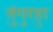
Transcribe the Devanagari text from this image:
तुंगुरहुा